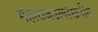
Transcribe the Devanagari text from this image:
महाराजउल्लेखनीय